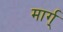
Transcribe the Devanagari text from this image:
मार्ग्